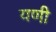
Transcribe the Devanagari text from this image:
यणी